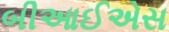
બીઆઈએસ